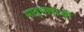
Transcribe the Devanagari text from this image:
मातृभाषांची